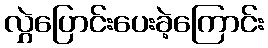
လွှဲပြောင်းပေးခဲ့ကြောင်း